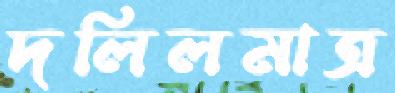
দলিলমাত্র